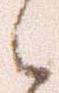
之